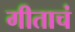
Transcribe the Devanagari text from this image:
गीताचं